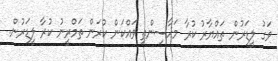
ވަގު ލީޑަރުން ތައްޔާރު ކުރާ މަހާސިންތި ވައްކަން ކުރަން ތަމްރީނު ކުރާ ލީޑަރުން.